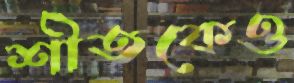
শীতকেও